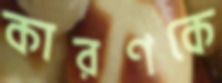
কারণকে